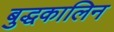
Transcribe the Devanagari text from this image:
बुद्धकालिन